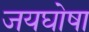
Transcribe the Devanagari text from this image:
जयघोषा